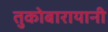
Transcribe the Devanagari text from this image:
तुकोबारायानी